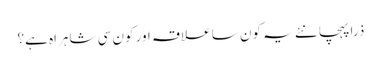
ذرا پہچانئے یہ کون سا علاقہ اور کون سی شاہراہ ہے؟